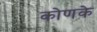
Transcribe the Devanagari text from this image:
कोणके